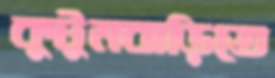
কুটুমবাড়িতে